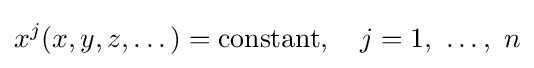
x^{j}(x,y,z,\dots )=\mathrm {constant} ,\quad j=1,\ \dots ,\ n